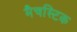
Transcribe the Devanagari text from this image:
मैचस्टिक